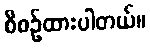
စီစဉ်ထားပါတယ်။